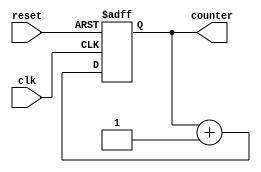
`timescale 1ns / 1ps
//////////////////////////////////////////////////////////////////////////////////
// Company: 
// Engineer: 
// 
// Design Name: 
// Module Name: counter_32
// Project Name: 
// Target Devices: 
// Tool Versions: 
// Description: 
// 
// Dependencies: 
// 
// Revision:
// Revision 0.01 - File Created
// Additional Comments:
// 
//////////////////////////////////////////////////////////////////////////////////


module counter_32 (input clk, reset, output reg [31:0] counter
    );
//reg [31:0] counter_up;

always @(posedge clk or posedge reset)
begin
if(reset)
 counter <= 31'd0;
else
 counter <= counter + 31'd1;
end 
endmodule